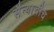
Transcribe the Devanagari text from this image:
सैन्याचीच